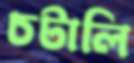
চটালি